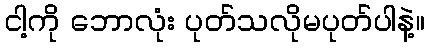
ငါ့ကို ဘောလုံး ပုတ်သလိုမပုတ်ပါနဲ့။